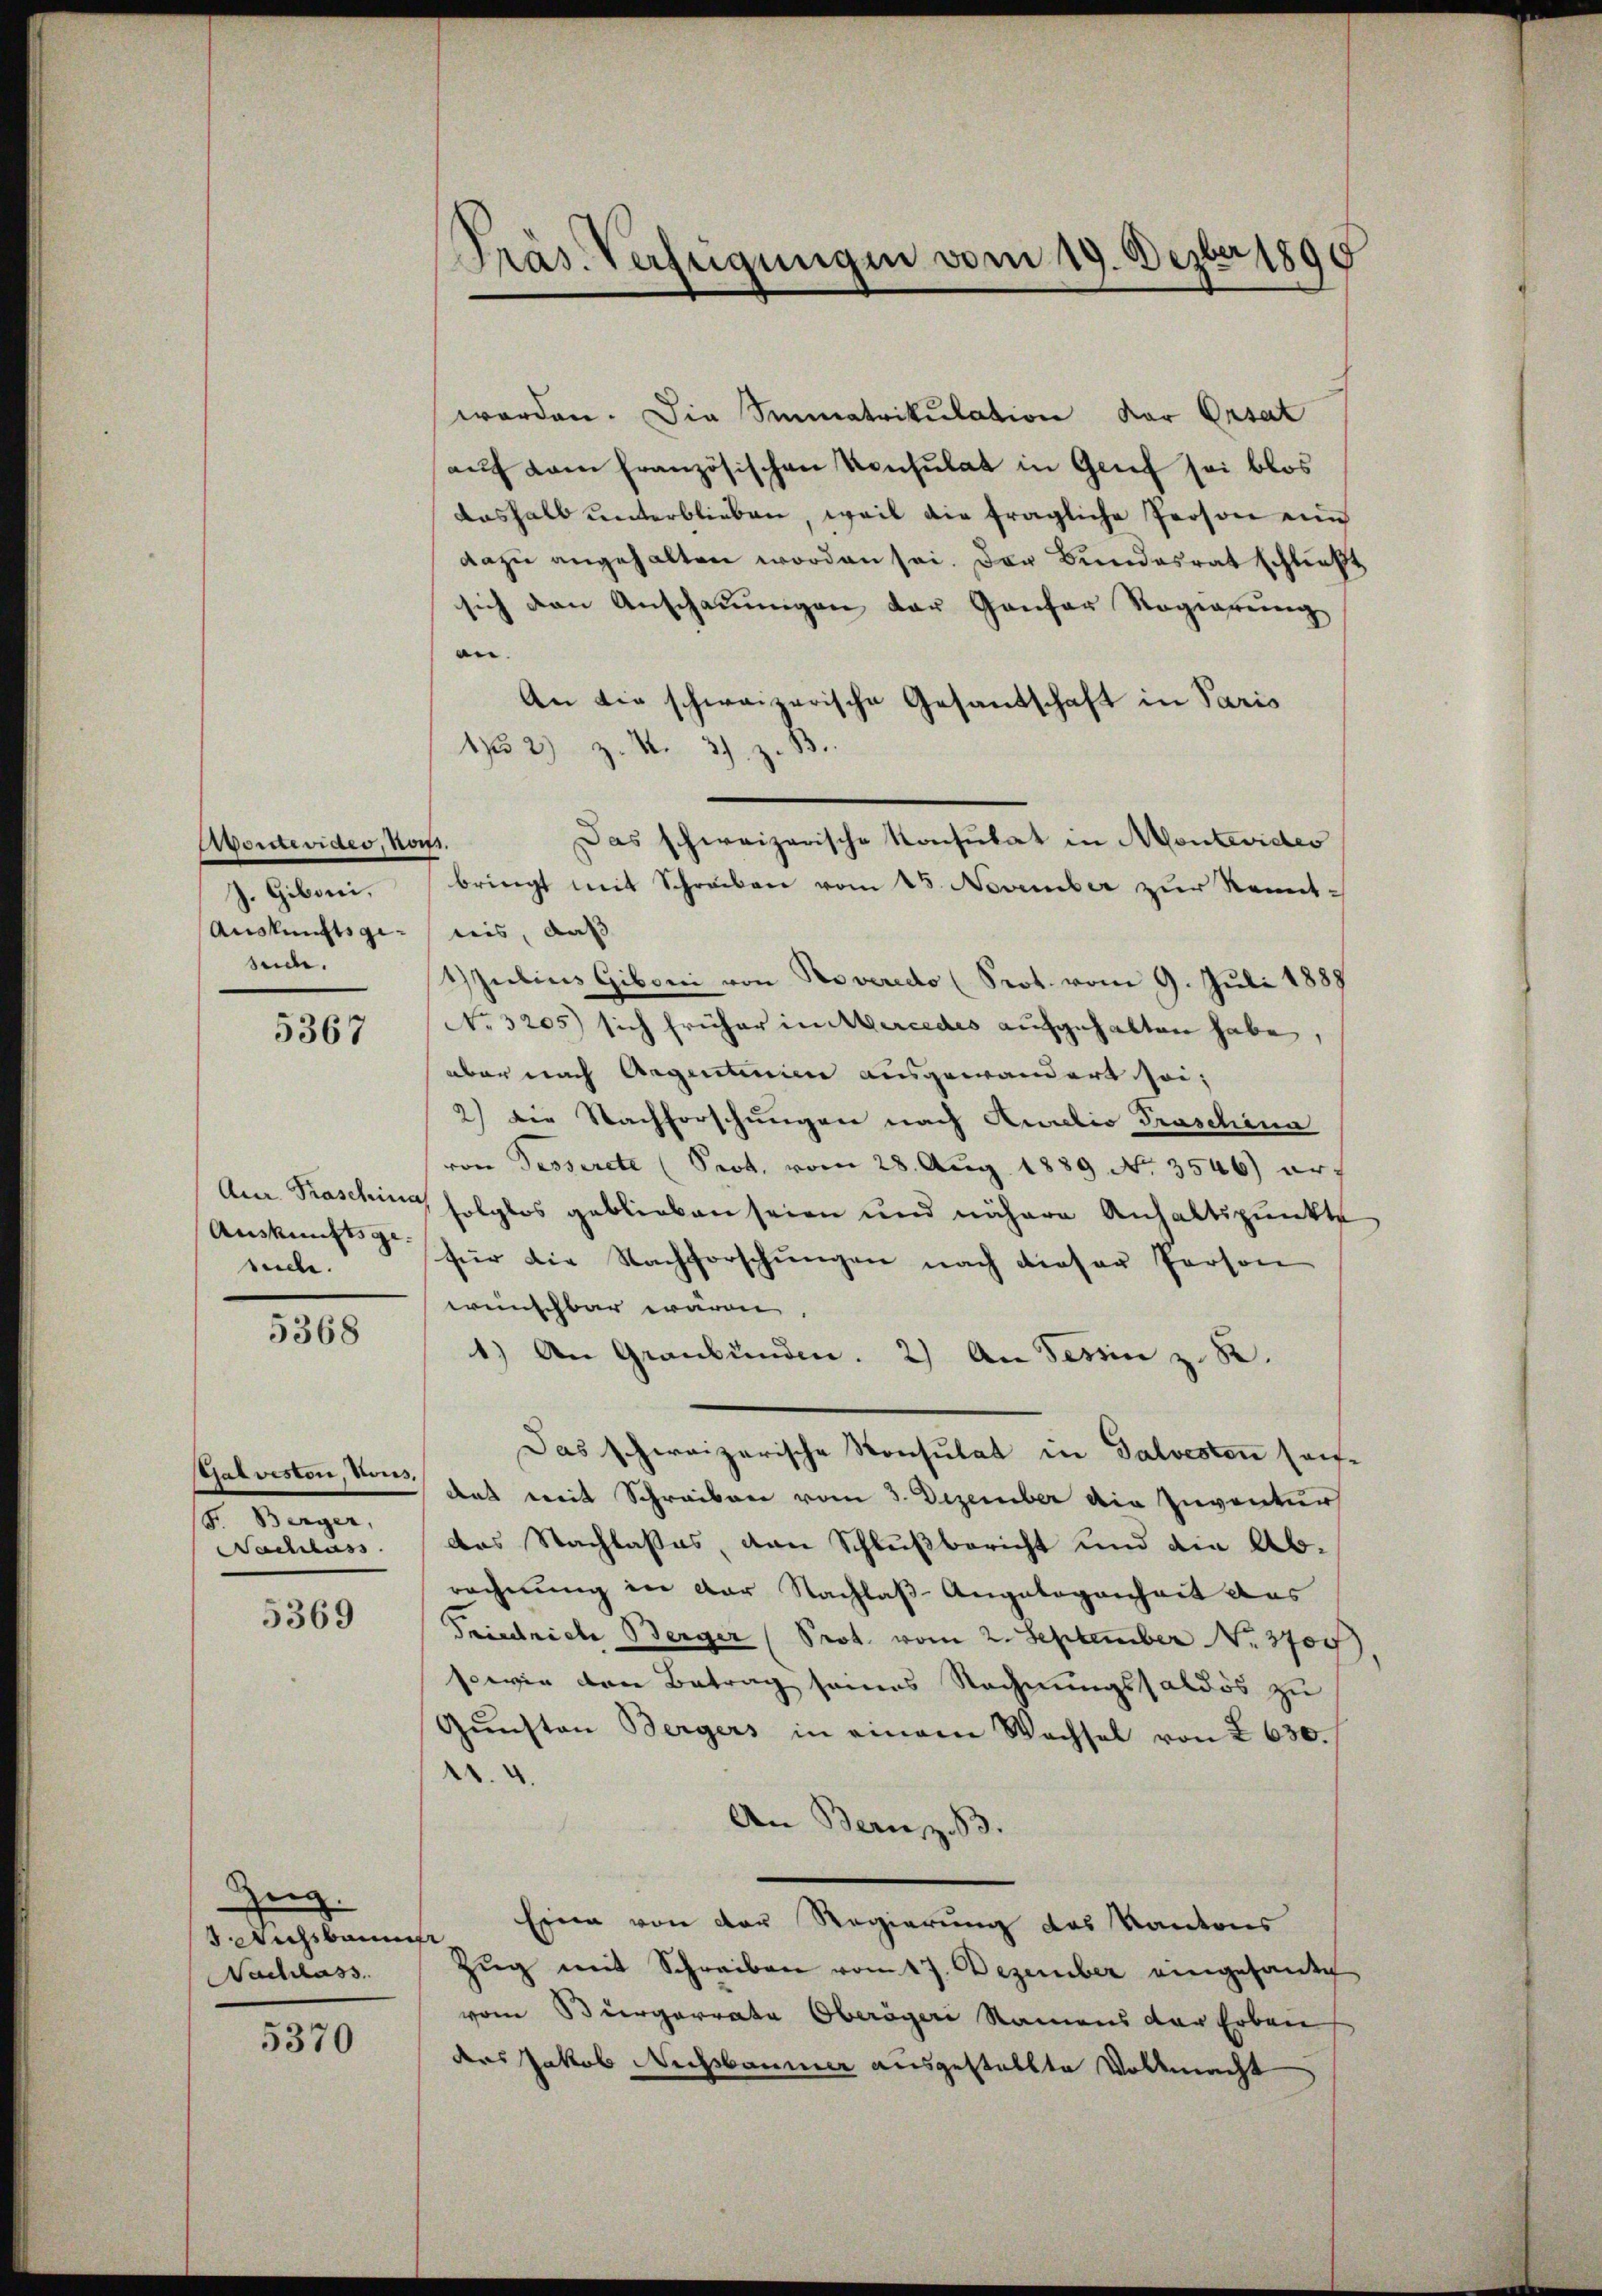
Avontevides, noc
J. Giboni,
Auskunftsgesede.

5367

suche.

5368

Galveston, Vous,
F. Berger,
achlass

5369

Zug.
Wichsbaum
Nachlass

5370

Präs. Verfügungen vom 19. Dezbr 1890

worden. Die Sumatrikulation der Ersat
auf dem französischen Konsulat in Genf sei blos
deshalb unterblieben, weil die fragliche Person ein
dazu angehalten worden sei. Der Bundesrat schließt
sich den Anschauungen der Gantor Regierung
an.
An die schweizerische Gesandschaft in Paris
132) Z. 4. 3). z.
bringt mit Schreiben vom 15. November zŭr Kennt-
nis, daß
1) Zielins Giboni von Roveredo (Prot. vom 9. Juli 1889
No 3205) sich früher in Mercedes aufgehalten habe,
aber nach Argentinien ausgewandert sei;
2) Die Nachforschungen nach Kuratio Praschina
von Passerete (Prot. vom 28. Aug. 1889 No 3546) auf
Am Praschin folglos geblieben seien und nähere Anhaltspunkte
Aŭskŭnft für die Nachforschŭngen nach dieser Person
wünschbar wären,
1) An Graubünden. 2) An Tessin z. B.
Das schweizerische Konsulat in Salvesten seidas mit Schreiben vom 3. Dezember die Inventur
des Nachlasses, den Schlußbericht und die Abrechnung in der Nachlaß-Angelegenheit das
Friedrich Berger (Prot. vom 2. September No. 3700
sowie den Betrag seines Rechnungssaldös zu
Gŭnsten Bergers in einem Wachsel von I 630.
.
An Bern z. 83.
Eine von der Regierung des Kantons
Zŭg mit Schreiben vom 17. Dezember eingesandt
vom Bürgerrate Oberägeri Namens der Erben
ders Jakob Nachbaume ausgestellte Vollmacht

Das schweizerische Konsulat in Montevides